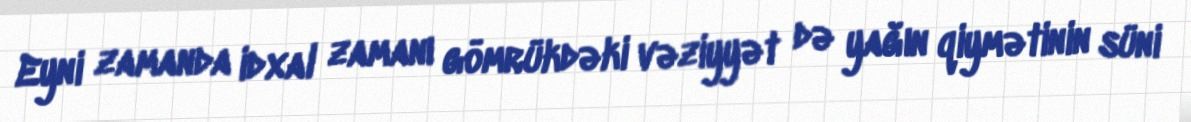
Eyni zamanda idxal zamanı gömrükdəki vəziyyət də yağın qiymətinin süni